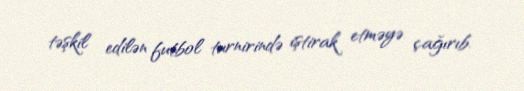
təşkil edilən futbol turnirində iştirak etməyə çağırıb.